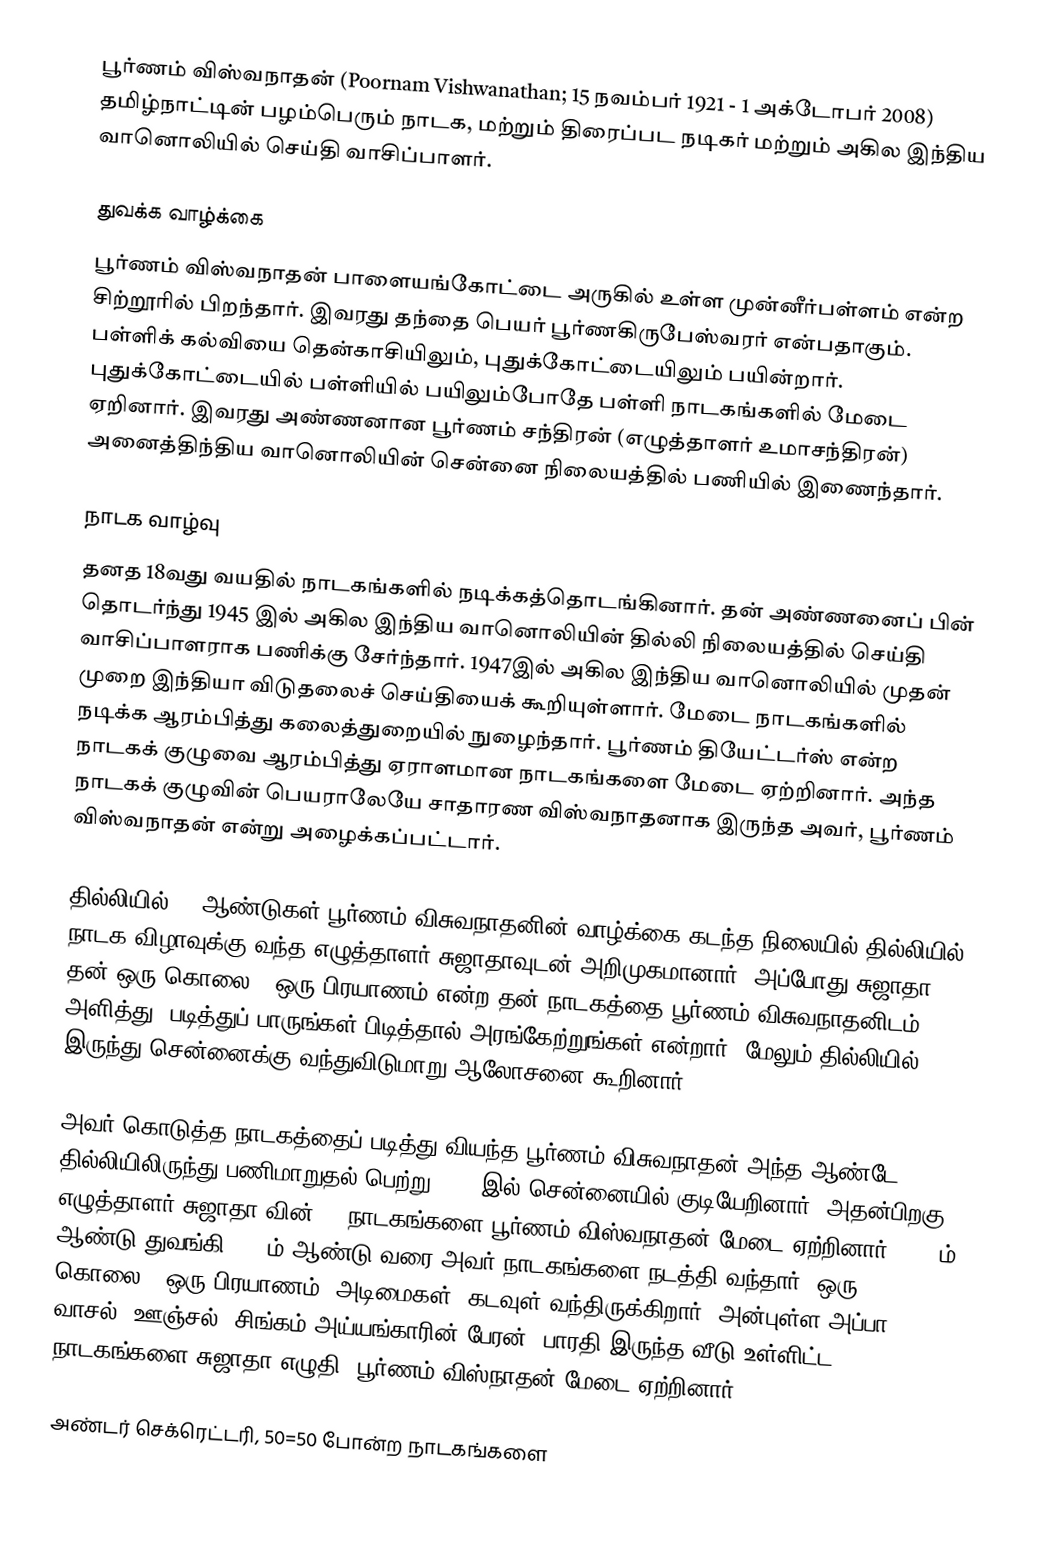
பூர்ணம் விஸ்வநாதன் (Poornam Vishwanathan; 15 நவம்பர் 1921 - 1 அக்டோபர் 2008) தமிழ்நாட்டின் பழம்பெரும் நாடக, மற்றும் திரைப்பட நடிகர் மற்றும் அகில இந்திய வானொலியில் செய்தி வாசிப்பாளர்.

துவக்க வாழ்க்கை
பூர்ணம் விஸ்வநாதன் பாளையங்கோட்டை அருகில் உள்ள முன்னீர்பள்ளம் என்ற சிற்றூரில் பிறந்தார். இவரது தந்தை பெயர் பூர்ணகிருபேஸ்வரர் என்பதாகும். பள்ளிக் கல்வியை தென்காசியிலும், புதுக்கோட்டையிலும் பயின்றார். புதுக்கோட்டையில் பள்ளியில் பயிலும்போதே பள்ளி நாடகங்களில் மேடை ஏறினார். இவரது அண்ணனான பூர்ணம் சந்திரன் (எழுத்தாளர் உமாசந்திரன்) அனைத்திந்திய வானொலியின் சென்னை நிலையத்தில் பணியில் இணைந்தார்.

நாடக வாழ்வு
தனத 18வது வயதில் நாடகங்களில் நடிக்கத்தொடங்கினார். தன் அண்ணனைப் பின் தொடர்ந்து 1945 இல் அகில இந்திய வானொலியின் தில்லி நிலையத்தில் செய்தி வாசிப்பாளராக பணிக்கு சேர்ந்தார். 1947இல் அகில இந்திய வானொலியில் முதன் முறை இந்தியா விடுதலைச் செய்தியைக் கூறியுள்ளார்.  மேடை நாடகங்களில் நடிக்க ஆரம்பித்து கலைத்துறையில் நுழைந்தார். பூர்ணம் தியேட்டர்ஸ் என்ற நாடகக் குழுவை ஆரம்பித்து ஏராளமான நாடகங்களை மேடை ஏற்றினார். அந்த நாடகக் குழுவின் பெயராலேயே சாதாரண விஸ்வநாதனாக இருந்த அவர், பூர்ணம் விஸ்வநாதன் என்று அழைக்கப்பட்டார்.

தில்லியில் 20 ஆண்டுகள் பூர்ணம் விசுவநாதனின் வாழ்க்கை கடந்த நிலையில் தில்லியில் நாடக விழாவுக்கு வந்த எழுத்தாளர் சுஜாதாவுடன் அறிமுகமானார். அப்போது சுஜாதா தன் ஒரு கொலை.. ஒரு பிரயாணம் என்ற தன் நாடகத்தை பூர்ணம் விசுவநாதனிடம் அளித்து, படித்துப் பாருங்கள் பிடித்தால் அரங்கேற்றுங்கள் என்றார். மேலும் தில்லியில் இருந்து சென்னைக்கு வந்துவிடுமாறு ஆலோசனை கூறினார்.

அவர் கொடுத்த நாடகத்தைப் படித்து வியந்த பூர்ணம் விசுவநாதன் அந்த ஆண்டே தில்லியிலிருந்து பணிமாறுதல் பெற்று 1965 இல் சென்னையில் குடியேறினார். அதன்பிறகு எழுத்தாளர் சுஜாதா வின் 10 நாடகங்களை பூர்ணம் விஸ்வநாதன் மேடை ஏற்றினார். 1979ம் ஆண்டு துவங்கி 1997ம் ஆண்டு வரை அவர் நாடகங்களை நடத்தி வந்தார். ஒரு கொலை.. ஒரு பிரயாணம், அடிமைகள், கடவுள் வந்திருக்கிறார், அன்புள்ள அப்பா, வாசல், ஊஞ்சல், சிங்கம் அய்யங்காரின் பேரன், பாரதி இருந்த வீடு உள்ளிட்ட 10 நாடகங்களை சுஜாதா எழுதி, பூர்ணம் விஸ்நாதன் மேடை ஏற்றினார்.

அண்டர் செக்ரெட்டரி, 50=50 போன்ற நாடகங்களை